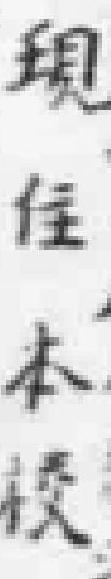
現住本校